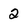
Character: 2